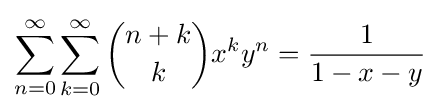
\sum _{n=0}^{\infty }\sum _{k=0}^{\infty }{n+k \choose k}x^{k}y^{n}={\frac {1}{1-x-y}}